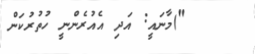
")މާނައީ: އަދި އެއުރެންނީ ހުތުރުކަން